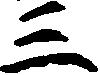
三